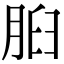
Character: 𦛓